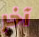
آخر